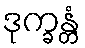
ဒုက္ခန္တံ